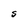
Character: S